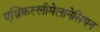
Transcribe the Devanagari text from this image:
एथ्निकल्लीमेलानेसियन